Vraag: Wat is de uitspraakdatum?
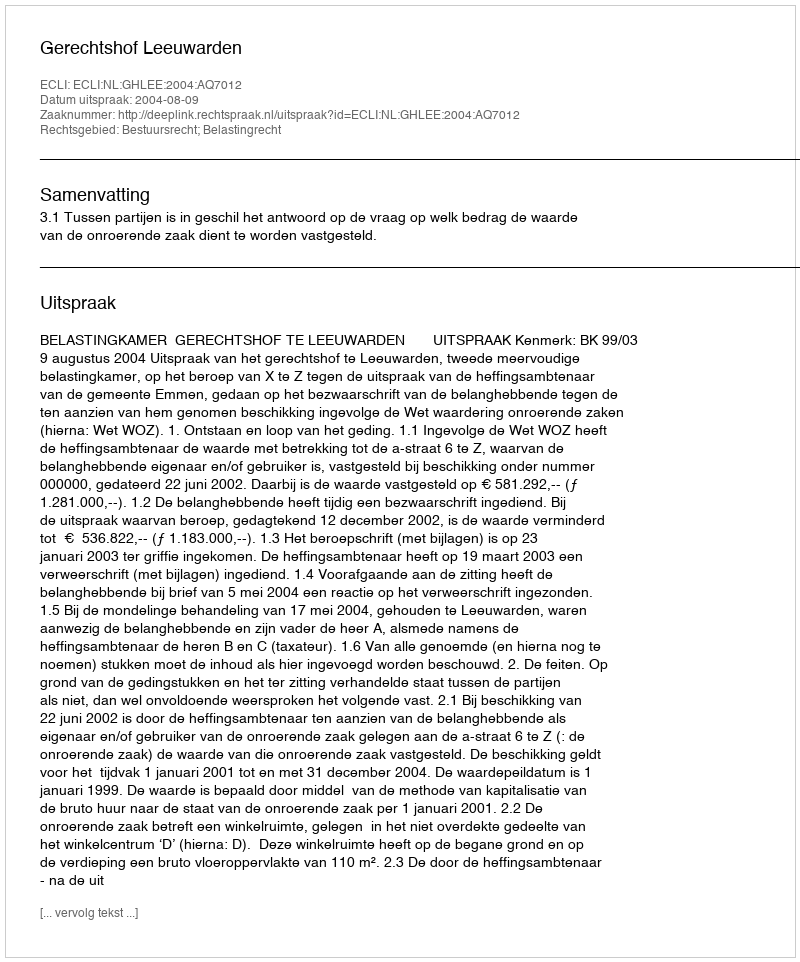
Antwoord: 2004-08-09